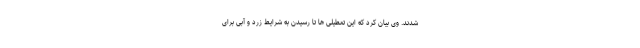
شدند. وی بیان کرد که این تعطیلی ها تا رسیدن به شرایط زرد و آبی برای